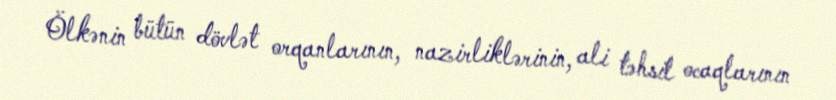
Ölkənin bütün dövlət orqanlarının, nazirliklərinin, ali təhsil ocaqlarının